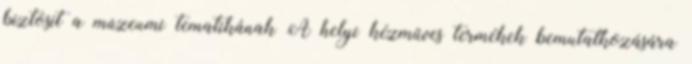
biztosít a múzeumi tematikának A helyi kézműves termékek bemutatkozására